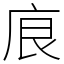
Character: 㡾